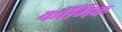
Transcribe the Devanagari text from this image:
कॉर्मिक